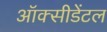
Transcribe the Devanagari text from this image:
ऑक्‍सीडेंटल